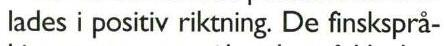
lades i positiv riktning. De finsksprå-